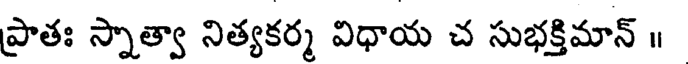
ప్రాతః స్నాత్వా నిత్యకర్మ విధాయ చ సుభక్తిమాన్ ॥